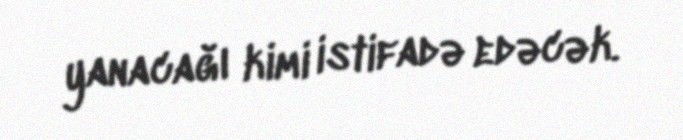
yanacağı kimi istifadə edəcək.